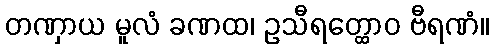
တဏှာယ မူလံ ခဏထ၊ ဥသီရတ္ထောဝ ဗီရဏံ။